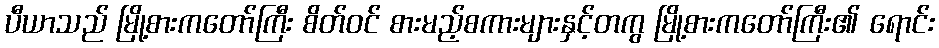
ပီယာသည် မြို့စားကတော်ကြီး စိတ်ဝင် စားမည့်စကားများနှင့်တကွ မြို့စားကတော်ကြီး၏ ရောင်း